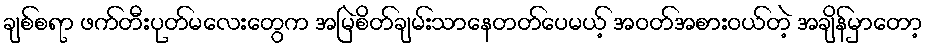
ချစ်စရာ ဖက်တီးပုတ်မလေးတွေက အမြဲစိတ်ချမ်းသာနေတတ်ပေမယ့် အဝတ်အစားဝယ်တဲ့ အချိန်မှာတော့